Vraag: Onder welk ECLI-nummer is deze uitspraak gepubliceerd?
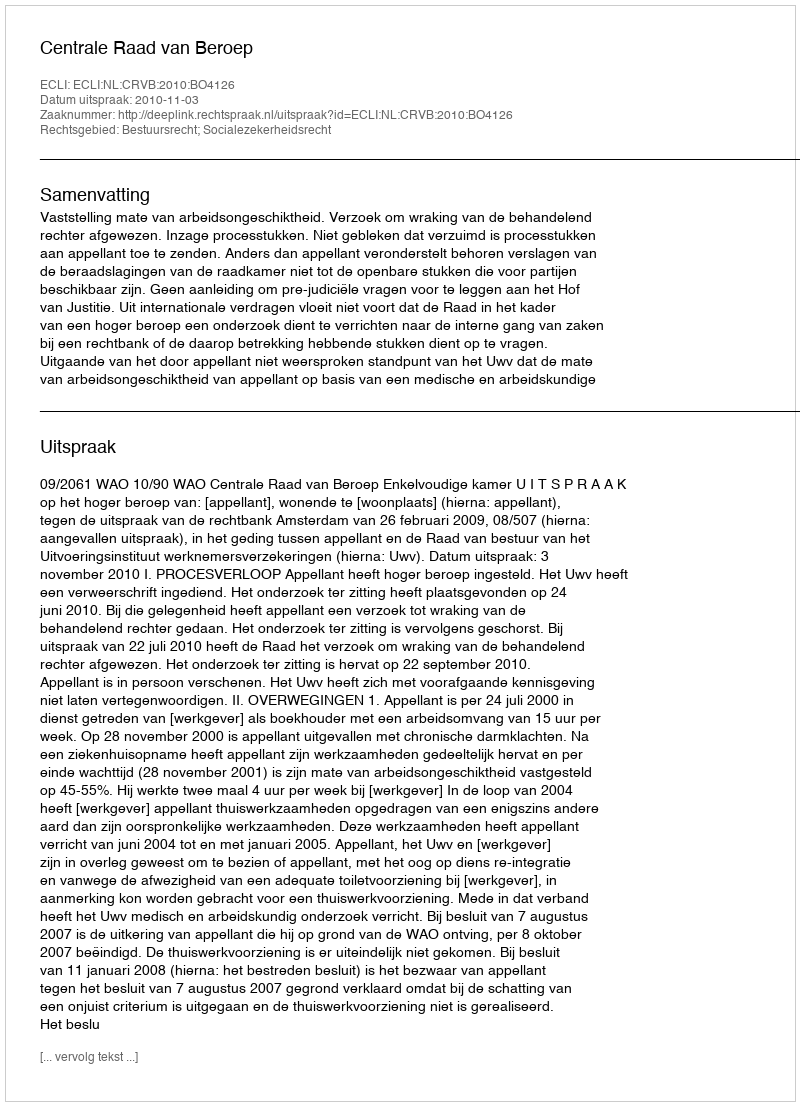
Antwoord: ECLI:NL:CRVB:2010:BO4126